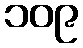
၁၀၉